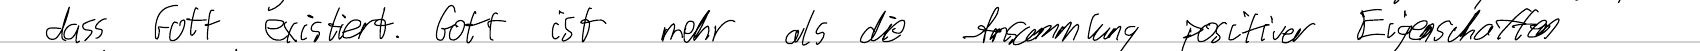
dass Gott existiert. Gott ist mehr als die Ansammlung positiver Eigenschaften